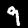
Label: 9